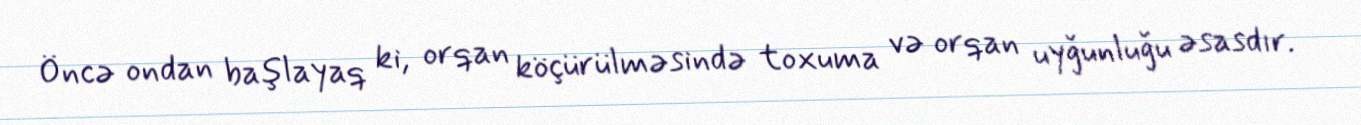
Öncə ondan başlayaq ki, orqan köçürülməsində toxuma və orqan uyğunluğu əsasdır.